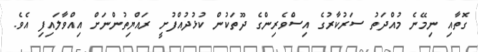
ގޮތާއި ނިމޭނެ މުއްދަތު ސަރުކާރުގެ އިސްވެރިންގެ ދޫތަކުން ކުޅުދުއްފުށީ ރައްޔިތުންނަށް އިއްވާލައިފި އެވެ.